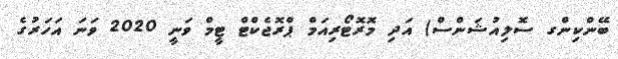
ބޭންކިންގ ސޮލިއުޝަންސް) އަދި މޮރޮޓޯރިއަމް ޕްރޮޖެކްޓް ޓީމް ވަނީ 2020 ވަަނަ އަހަރުގެ